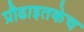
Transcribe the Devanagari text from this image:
प्रौढाइतकेच